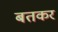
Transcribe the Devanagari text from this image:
बतकर